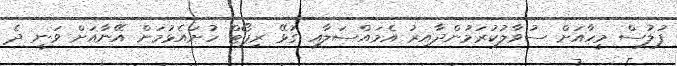
ފުލުސް މީހާއަށް ސުވާލުކުރަމުންދާއިރު އެމައްސަލާއި ގުޅޭ ރިޕޯޓް ހުށައެޅުމަށް އޭނާއަށް ވަނީ ދެ